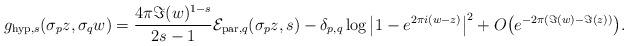
LaTeX: \begin{align*} g_{\mathrm{hyp},s}(\sigma_{p}z,\sigma_{q}w)= \frac{4\pi\Im(w)^{1-s}}{2s-1}\mathcal{E}_{\mathrm{par},q}(\sigma_{p}z,s) -\delta_{p,q} \log\big|1- e^{2\pi i (w-z)}\big|^{2} +O\big(e^{-2\pi (\Im( w)-\Im (z))}\big). \end{align*}